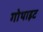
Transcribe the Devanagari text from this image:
गोथाइट